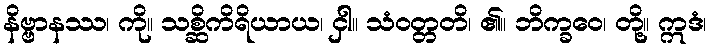
နိဗ္ဗာနဿ၊ ကို။ သစ္ဆိကိရိယာယ၊ ငှါ။ သံဝတ္တတိ၊ ၏။ ဘိက္ခဝေ၊ တို့။ ဣဒံ၊